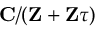
\mathbf { C } / ( \mathbf { Z } + \mathbf { Z } \tau )